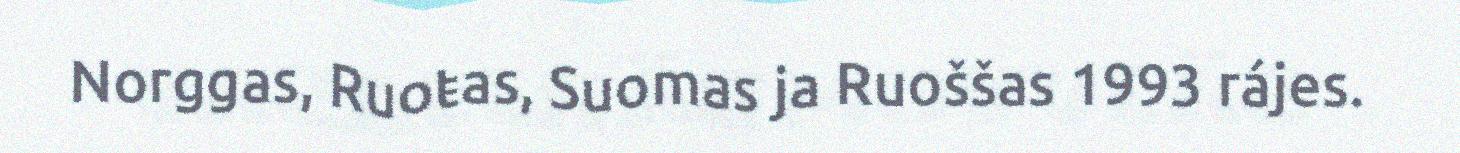
Norggas, Ruoŧas, Suomas ja Ruoššas 1993 rájes.